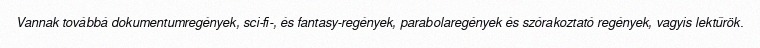
Vannak továbbá dokumentumregények, sci-fi-, és fantasy-regények, parabolaregények és szórakoztató regények, vagyis lektűrök.